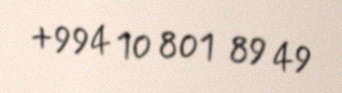
+994 10 801 89 49